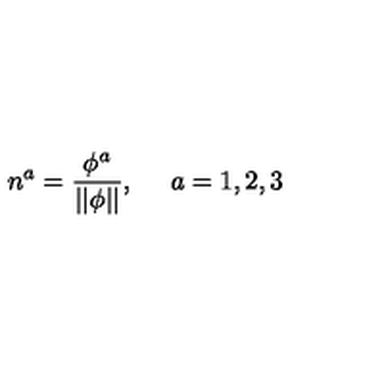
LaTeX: n ^ { a } = \frac { \phi ^ { a } } { | | \phi | | } , \quad \ a = 1 , 2 , 3